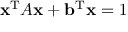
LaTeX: \mathbf { x } ^ { \mathrm { T } } A \mathbf { x } + \mathbf { b } ^ { \mathrm { T } } \mathbf { x } = 1